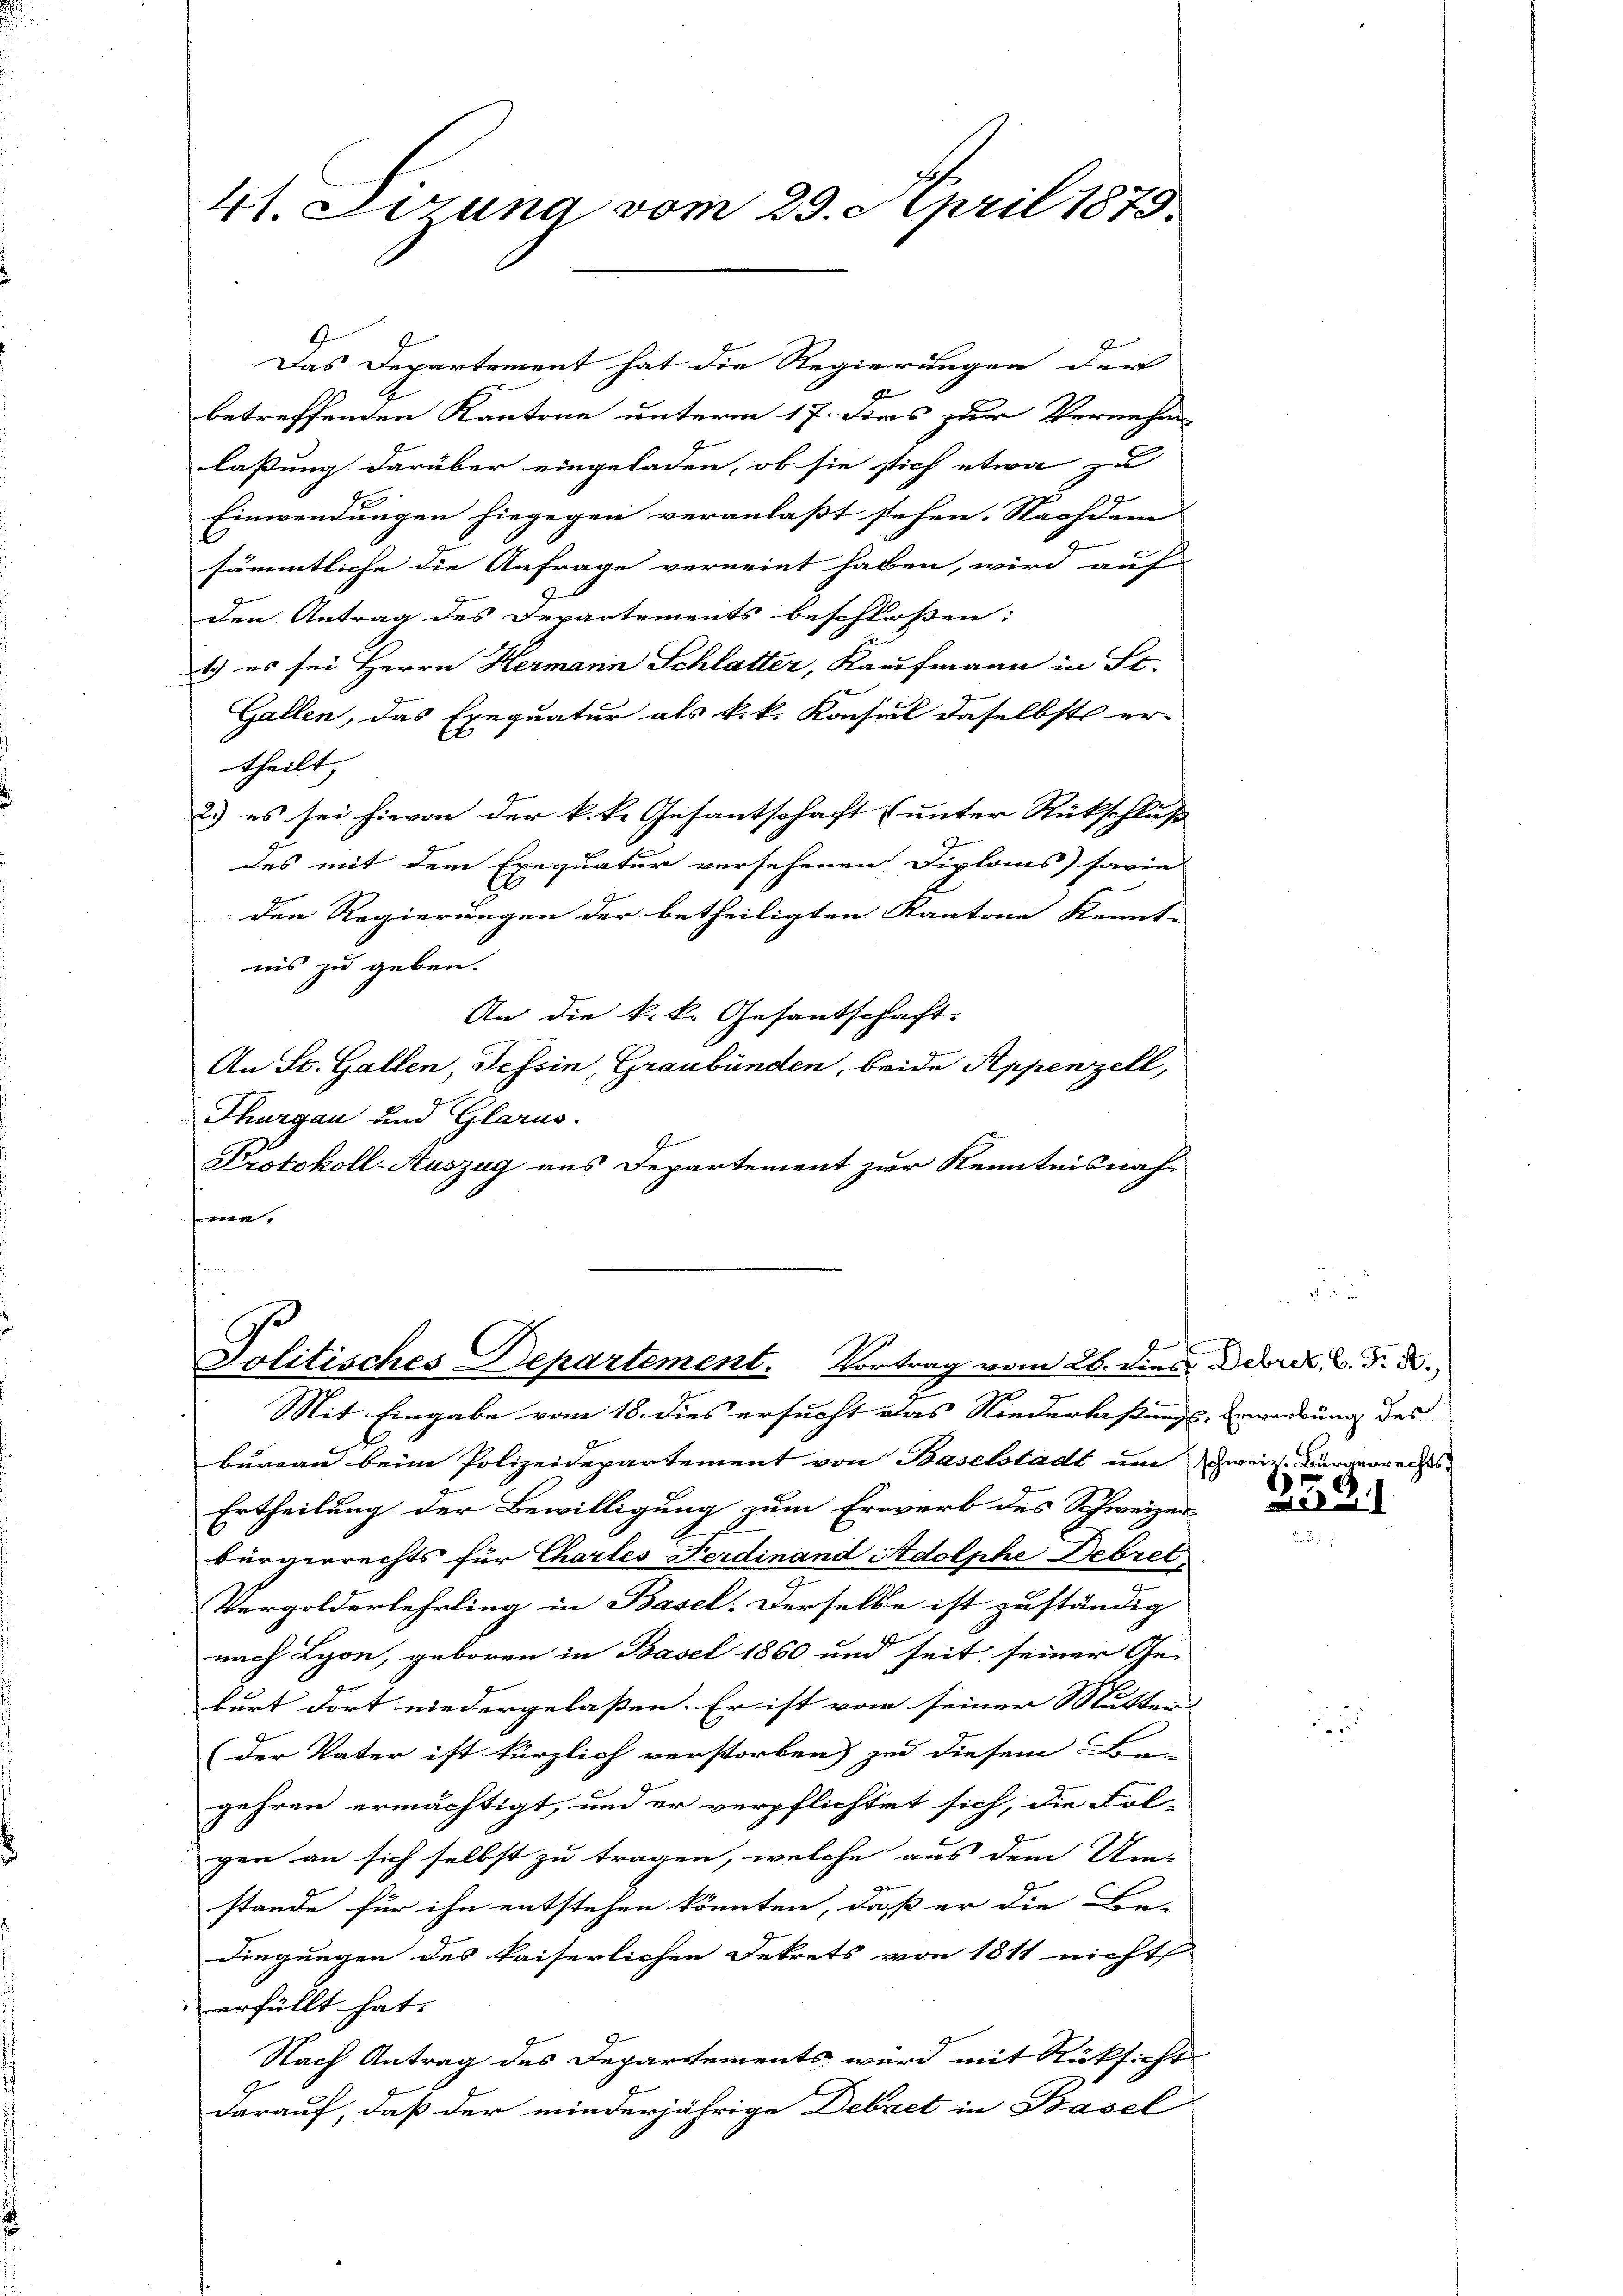
41. Lerung vom 29. April 1875.

Das Departement hat die Regierungen der
f
betreffenden Kantone unterm 17. Das zur Vernehm
laßung darüber eingeladen, ob sie stich etwa zu
Einwendungen hiegegen veranlaßt sehen. Nachdem
sämmtliche die Anfrage verneint haben, wird auf
den Antrag des Departements beschlossen:
1) es sei Herrn Hermann Schlatter, Kaufmann in St.
Gallen, das Exequatur als k.k. Konsul daselbst er-
theilt,
2.) es sei hievon der k. k. Gesantschaft (unter Rückschluß
des mit dem Exequatur versehenen Diploms sovie
den Regierungen der betheiligten Kantone kennte
ins zu geben.
An die k.k. Gesantschaft.
An St. Gallen, Tessin, Graubünden, beide Appenzell,
Thurgau und Glarus.
I
Protokoll-Auszug aus Departement zur Kenntnisnah-
.

Politisches Departement. Vortrag vom 26. dies Dekret v. 5. d.

9

Mit Eingabe vom 18. dies ersucht das Niederlaßungs-Erwerbung des
bureau beim Polizeidepartement von Baselstadt um Zweiz. Bürgerrechts¬
Ertheilung der Bewilligung zum Erwerb des Schweizerbürgerrechts für Chartes Ferdinand Adolphe Debret
Vergolderlehrling in Basel. Derselbe ist zuständig |
nach Lyon, geboren in Basel 1860 und seit seiner Ge-
burt dort niedergelaßen. Er ist von seiner Mutter
(der Vater ist kürzlich verstorben) zu diesem B
gehren ermächtigt, und er verpflichtet sich, die Fol-
gen an sich selbst zu tragen, welche aus dem Um-
ge
stande für ihn entstehen könnten, daß er die Bedingungen des kaiserlichen Dekrets von 1811 nicht
erfüllt hat. |
Nach Antrag des Departements wird mit Rücksicht
darauf, daß der minderjährige Debaet in Basel

88